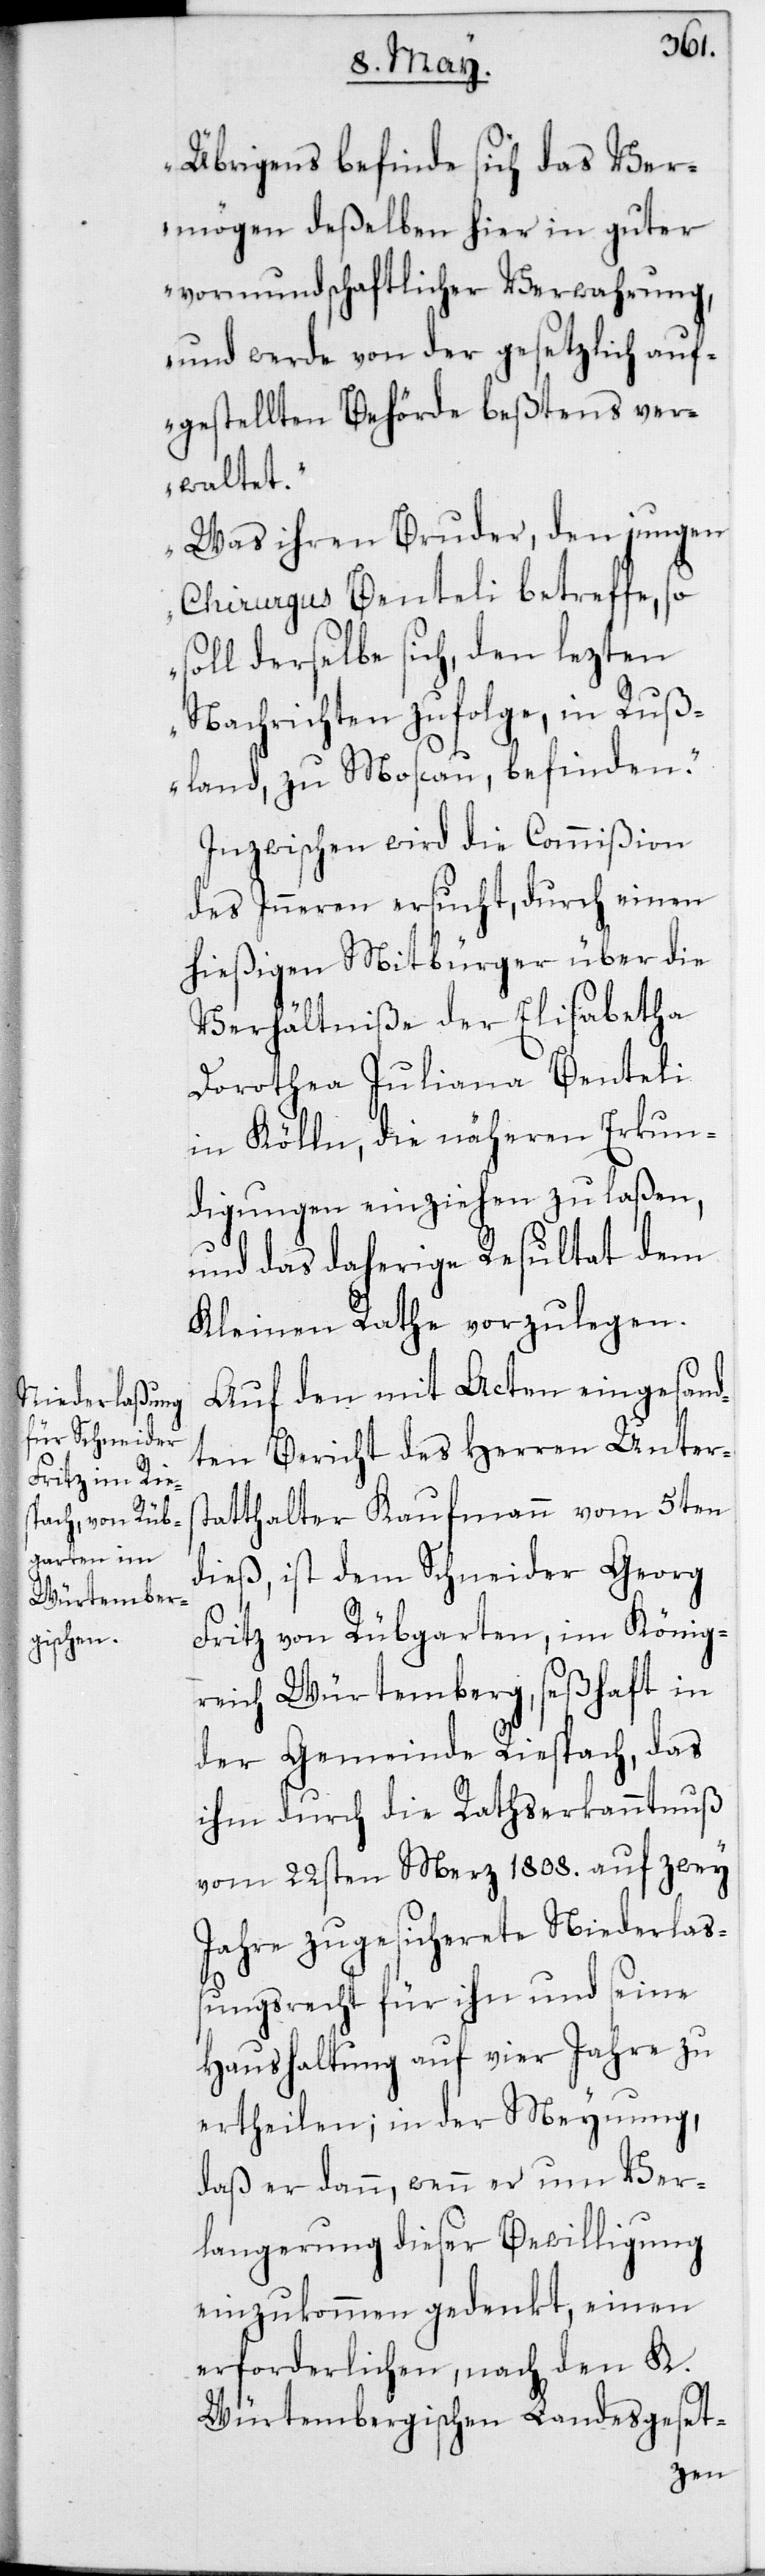
Übrigens befinde sich das Ver¬
mögen deßelben hier in guter
vormundschaftlicher Verwahrung,
und werde von der gesetzlich auf¬
gestellten Behörde beßtens ver¬
waltet.
Was ihren Bruder, den jungen
Chirurgus Benteli betreffe, so
soll derselbe sich, den lezten
Nachrichten zufolge, in Ruß¬
land zu Moscau befinden.“
Inzwischen wird die Commißion
des Inneren ersucht, durch einen
hießigen Mitbürger über die
Verhältniße der Elisabetha
Dorothea Juliana Benteli
in Kölln, die näheren Erkun¬
digungen einziehen zu laßen,
und das daherige Resultat dem
Kleinen Rathe vorzulegen.
Auf den mit Acten eingesand¬
ten Bericht des Herren Unters¬
tatthalter Kaufmann vom 5ten
dieß, ist dem Schneider Georg
Fritz von Rübgarten, im König¬
reich Würtemberg, seßhaft in
der Gemeinde Riespach, das
ihm durch die Rathserkanntnuß
vom 22sten Merz 1808. auf zwey
Jahre zugesicherete Niederlaß¬
ungsrecht für ihn und seine
Haushaltung auf vier Jahre zu
ertheilen; in der Meynung,
daß er dann, wenn er um Ver¬
langerung dieser Bewilligung
einzukommen gedenkt, einen
erforderlichen, nach den K.
Würtembergischen Landesgeset-